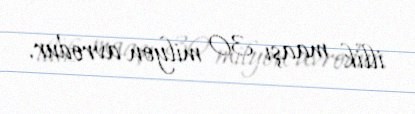
illik maaşı 30 milyon avrodur.